Vaccine operations Central Provinces 1900-1911 - 1900-1911
Year: 1900
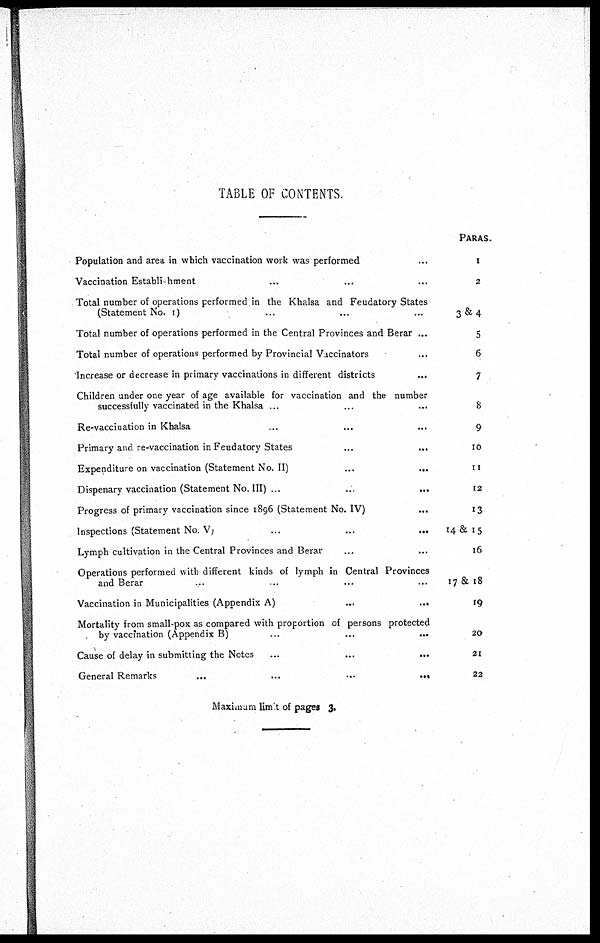
TABLE OF CONTENTS.
Population and area in which vaccination work was performed...
Vaccination Establishment... ... ...
Total number of operations performed in the Khalsa and Feudatory States
(Statement No. 1)... ...
Total number of operations performed in the Central Provinces and Berar ...
Total number of operations performed by Provincial Vaccinators...
Increase or decrease in primary vaccinations in different districts...
Children under one year of age available for vaccination and the number
successfully vaccinated in the Khalsa... ... ...
Re-vaccination in Khalsa... ...
Primary and re-vaccination in Feudatory States...
...
Expenditure on vaccination (Statement No. II)
...
...
Dispenary vaccination (Statement No. III)...
...
...
Progress of primary vaccination since 1896 (Statement No. IV)...
Inspections (Statement No. V)... ...
Lymph cultivation in the Central Provinces and Berar... ...
Operations performed with different kinds of lymph in Central Provinces
and Berar ... ... ...
Vaccination in Municipalities (Appendix A)...
...
Mortality from small-pox as compared with proportion of persons protected
by vaccination (Appendix B)... ...
Cause of delay in submitting the Notes... ...
General Remarks...
...
...
...
PARAS.
1
2
3&4
5
6
7
8
9
10
11
12
13
14 & 15
16
17 & 18
19
20
21
22
Maximum limit of pages 3.